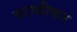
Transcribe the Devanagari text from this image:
वरळीकर